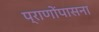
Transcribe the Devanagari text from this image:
प्राणोंपासना